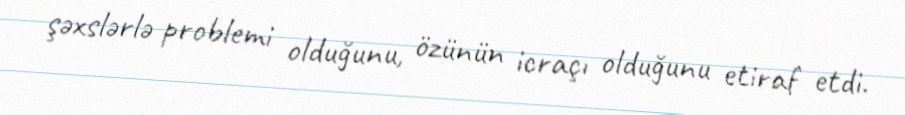
şəxslərlə problemi olduğunu, özünün icraçı olduğunu etiraf etdi.